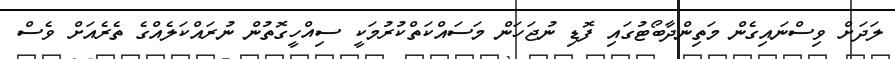
ލަދަށް ވިސްނައިގެން މަތިންދާބޯޓުގައި ފޮޑި ނުޖަހަން މަސައްކަތްކުރުމަކީ ސިއްހީގޮތުން ނުރައްކަލެއްގެ ތެރެއަށް ވެސް